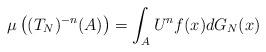
\begin{align*}\mu \left((T_{N})^{-n}(A)\right)= \int_{A} U^nf(x) d G_{N}(x) \end{align*}